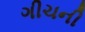
ગીચની